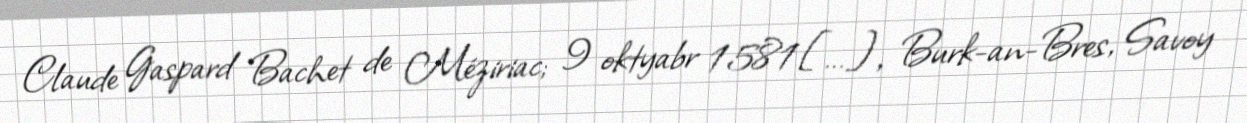
Claude Gaspard Bachet de Méziriac; 9 oktyabr 1581[…], Burk-an-Bres, Savoy